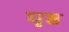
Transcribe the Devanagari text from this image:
घृष्ठ